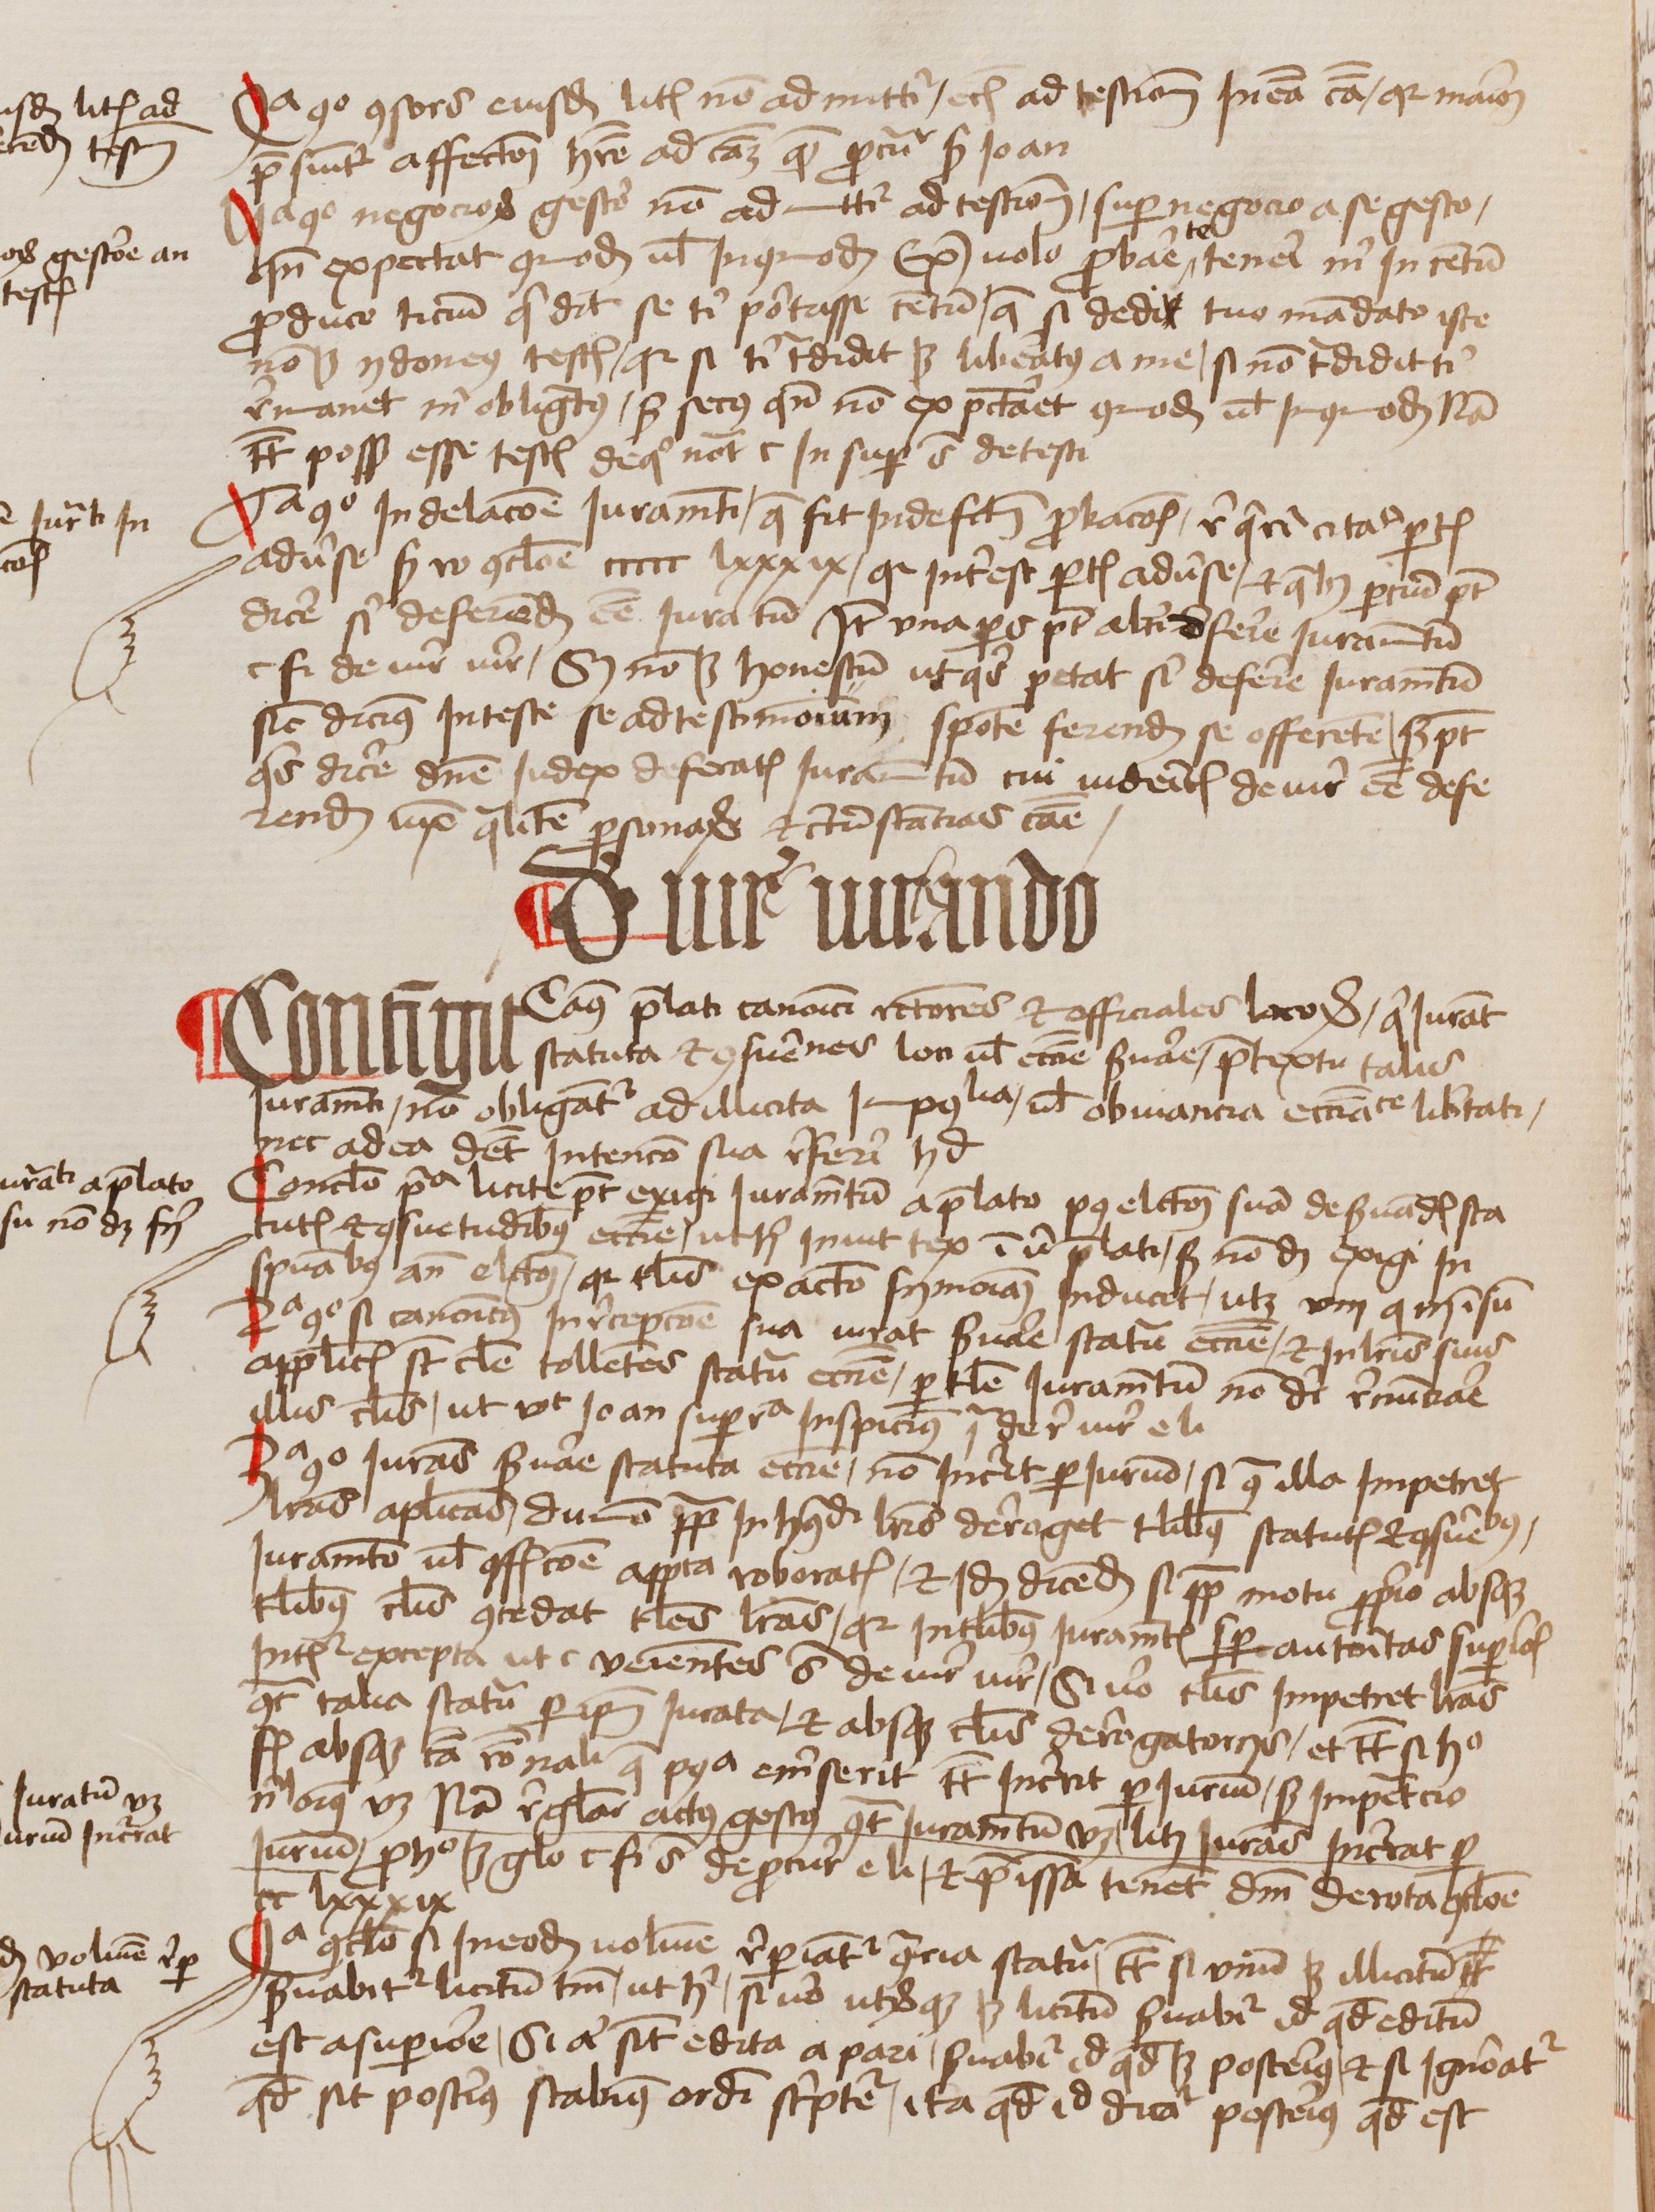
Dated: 1456–1486